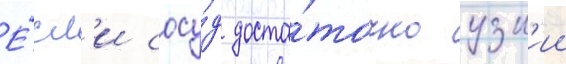
Е́сл'и сосу́д доста́точно узк'ии